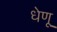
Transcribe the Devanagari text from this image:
धेणू